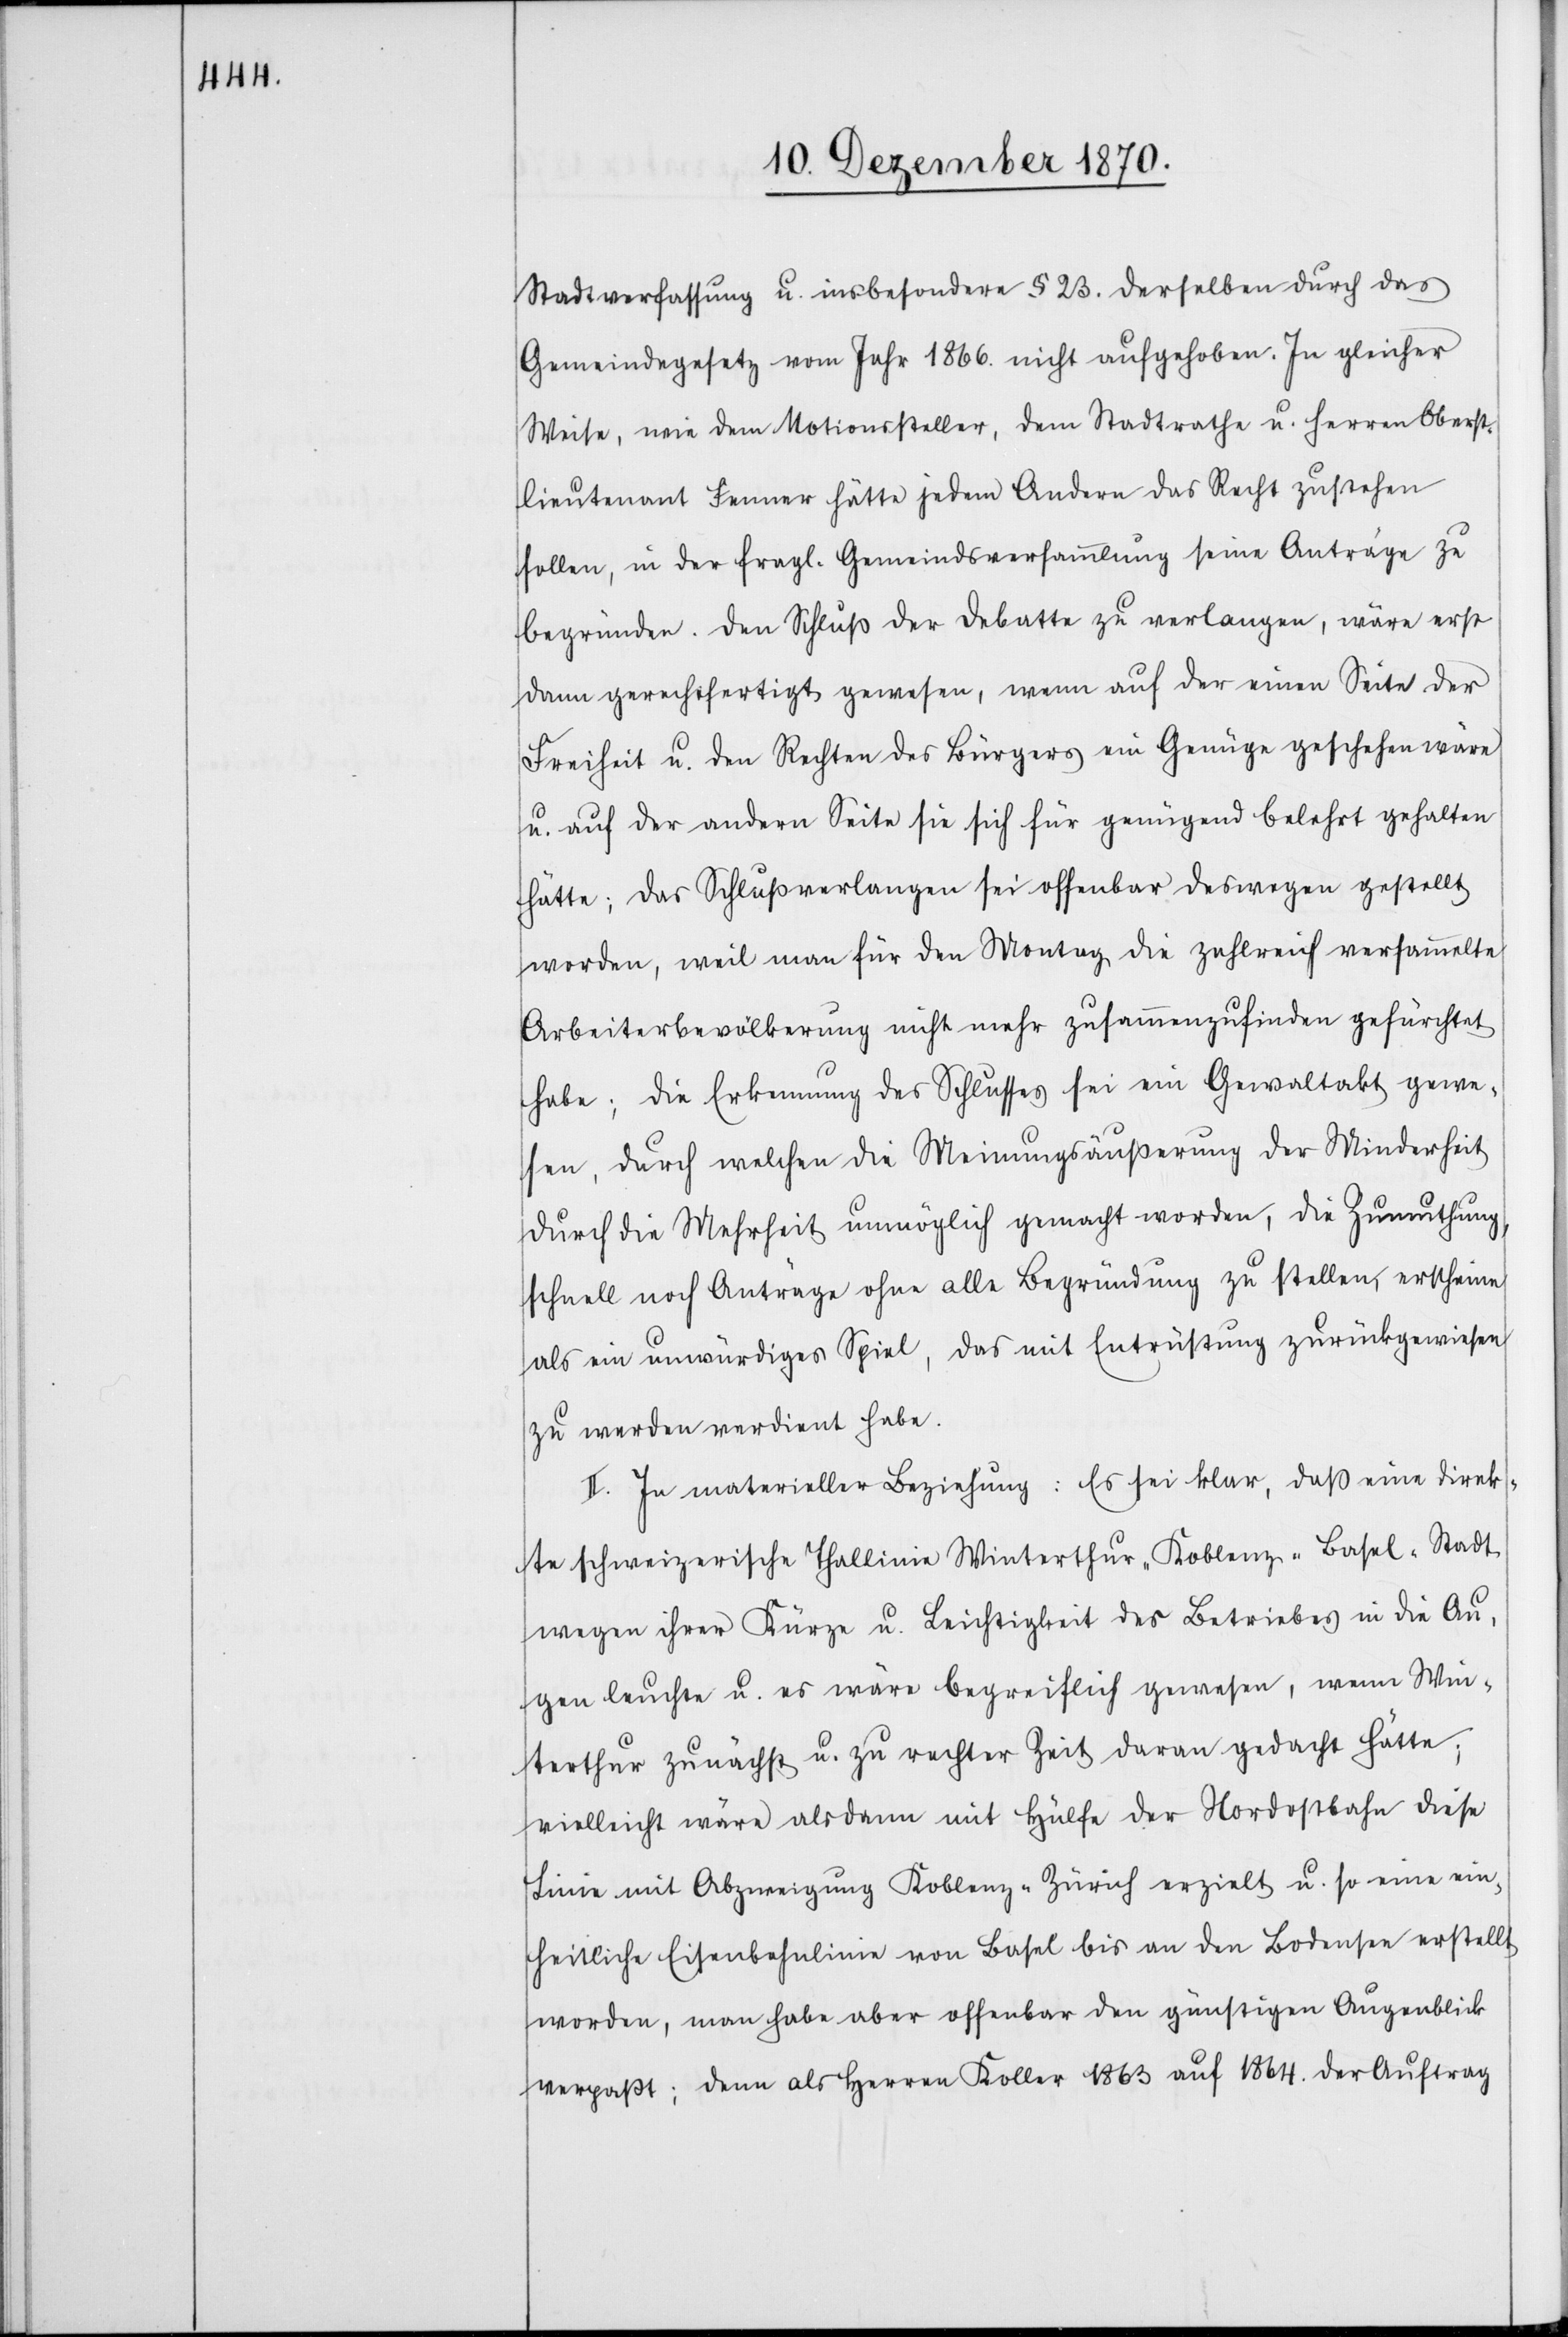
Stadtverfassung u. insbesondere § 23. derselben durch das
Gemeindegesetz vom Jahr 1866. nicht aufgehoben. In gleicher
Weise, wie dem Motionssteller, dem Stadtrathe u. Herren Oberst¬
lieutenant Fenner hätte jedem Andern das Recht zustehen
sollen, in der fragl. Gemeindsversammlung seine Anträge zu
begründen. Den Schluß der Debatte zu verlangen, wäre erst
dann gerechtfertigt gewesen, wenn auf der einen Seite der
Freiheit u. den Rechten des Bürgers ein Genüge geschehen wäre
u. auf der andern Seite sie sich für genügend belehrt gehalten
hätte, das Schlußverlangen sei offenbar deswegen gestellt
worden, weil man für den Montag die zahlreich versammelte
Arbeiterbevölkerung nicht mehr zusammenzufinden gefürchtet
habe; die Erkennung des Schlusses sei ein Gewaltakt gewe¬
sen, durch welchen die Meinungsäußerung der Minderheit
durch die Mehrheit unmöglich gemacht worden, die Zumuthung,
schnell noch Anträge ohne alle Begründung zu stellen, erscheine
als ein unwürdiges Spiel, das mit Entrüstung zurückgewiesen
zu werden verdient habe.
II. In materieller Beziehung: Es sei klar, das eine direk¬
te schweizerische Thallinie Winterthur–Koblenz–Basel-Stadt
wegen ihrer Kürze u. Leichtigkeit des Betriebes in die Au¬
gen leuchte u. es wäre begreiflich gewesen, wenn Win¬
terthur zunächst u. zu rechter Zeit daran gedacht hätte;
vielleicht wäre alsdann mit Hülfe der Nordostbahn diese
Linie mit Abzweigung Koblenz–Zürich erzielt u. so eine ein¬
heitliche Eisenbahnlinie von Basel bis an den Bodensee erstellt
worden, man habe aber offenbar den günstigen Augenblick
verpaßt; denn als Herren Koller 1863 auf 1864. der Auftrag